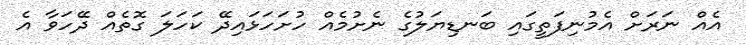
އެއް ނަރަށް އެމުނިފަތީގައި ބަނޑިޔަލުގެ ނެށުމެއް ހުށަހަޅައިދޭ ކަހަލަ ގޮތެއް ދޭހަވާ އެ